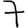
Digit: 7